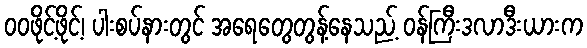
ဝဝဖိုင့်ဖိုင့်၊ ပါးစပ်နားတွင် အရေတွေတွန့်နေသည့် ဝန်ကြီးဒလာဒီးယားက